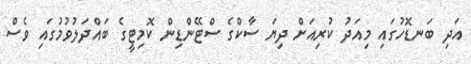
އަދި ބަނޑޮހުގައި މިއަދު ކުރިއަށް ދިޔަ ސާކްގެ ސްޓޭންޑިން ކޮމިޓީގެ ބައްދަލުވުމުގައި ވެސް